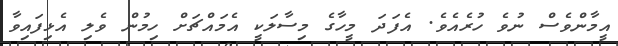
އީމާންވެސް ނުވެ ހުރެއެވެ. އެފަދަ މީހާގެ މިސާލަކީ އެމައްޗަށް ހިމުން ވެލި އެޅިފައިވާ